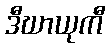
ဒီဃာယုကီ